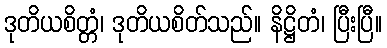
ဒုတိယစိတ္တံ၊ ဒုတိယစိတ်သည်။ နိဋ္ဌိတံ၊ ပြီးပြီ။